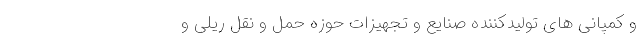
و کمپانی ‌های تولید‌کننده صنایع و تجهیزات حوزه حمل ‌و نقل ریلی و